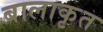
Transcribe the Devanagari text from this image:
बालाकृत